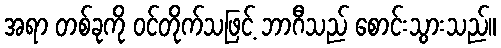
အရာ တစ်ခုကို ဝင်တိုက်သဖြင့် ဘာဂီသည် စောင်းသွားသည်။